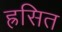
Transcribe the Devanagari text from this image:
ह्रसित